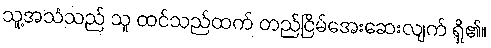
သူ့အသံသည် သူ ထင်သည်ထက် တည်ငြိမ်အေးဆေးလျက် ရှိ၏။